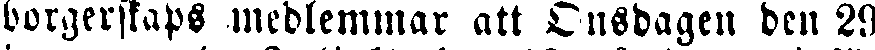
borgerskaps medlemmar att Onsdagen den 29